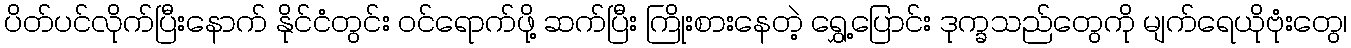
ပိတ်ပင်လိုက်ပြီးနောက် နိုင်ငံတွင်း ဝင်ရောက်ဖို့ ဆက်ပြီး ကြိုးစားနေတဲ့ ရွှေ့ပြောင်း ဒုက္ခသည်တွေကို မျက်ရေယိုဗုံးတွေ၊